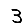
Digit: 3